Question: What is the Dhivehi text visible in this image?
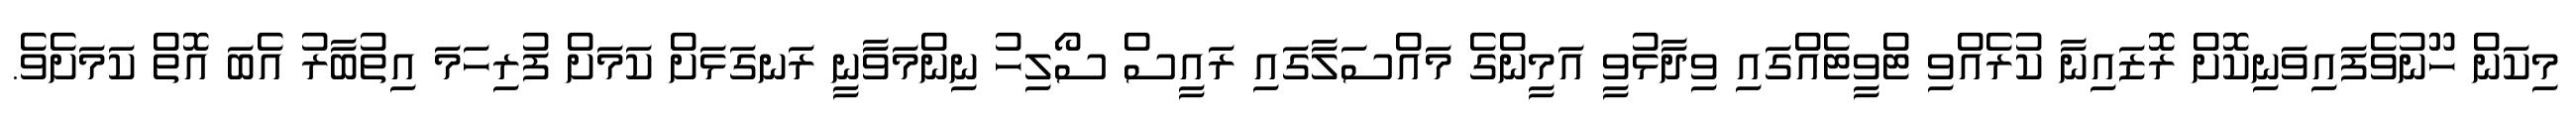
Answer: މިކަން ހޫނުވެފައިވަނިކޮށް ރޮޒައިނާ ކުރެއްވި ޓްވީޓެއްގައި ވިދާޅުވީ އަމީންގެ މައްސަލާގައި ރައީސް ސޯލިހު ނިންމަވާނީ ރަނގަޅަށް ކަމަށް ފުރިހަމަ އިތުބާރު އެބަ އޮތް ކަމަށެވެ.